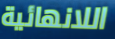
اللانهائية